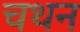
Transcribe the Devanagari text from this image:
चथन